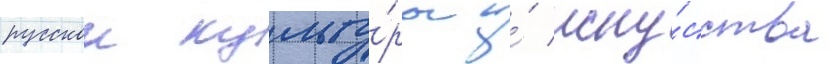
русскои культу́ры и́ иску́сства